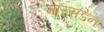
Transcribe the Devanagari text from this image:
मारसडेन